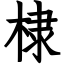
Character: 棣